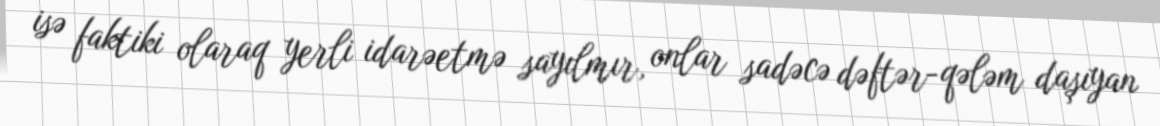
isə faktiki olaraq yerli idarəetmə sayılmır, onlar sadəcə dəftər-qələm daşıyan